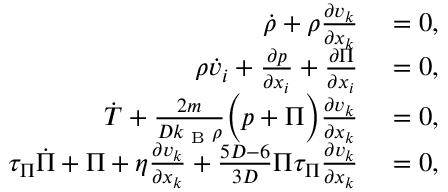
\begin{array} { r l } { \dot { \rho } + \rho \frac { \partial v _ { k } } { \partial x _ { k } } } & { { } = 0 , } \\ { \rho \dot { v } _ { i } + \frac { \partial p } { \partial x _ { i } } + \frac { \partial \Pi } { \partial x _ { i } } } & { { } = 0 , } \\ { \dot { T } + \frac { 2 m } { D k _ { \textrm { B } } \rho } \Big ( p + \Pi \Big ) \frac { \partial v _ { k } } { \partial x _ { k } } } & { { } = 0 , } \\ { \tau _ { \Pi } \dot { \Pi } + \Pi + \eta \frac { \partial v _ { k } } { \partial x _ { k } } + \frac { 5 D - 6 } { 3 D } \Pi \tau _ { \Pi } \frac { \partial v _ { k } } { \partial x _ { k } } } & { { } = 0 , } \end{array}